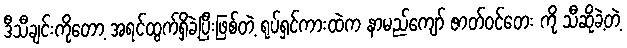
ဒီသီချင်းကိုတော့ အရင်ထွက်ရှိခဲ့ပြီးဖြစ်တဲ့ ရုပ်ရှင်ကားထဲက နာမည်ကျော် ဇာတ်ဝင်တေး ကို သီဆိုခဲ့တဲ့